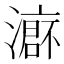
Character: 𱩙